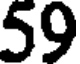
59